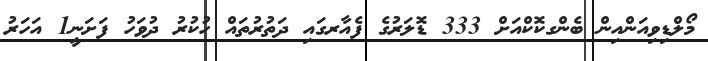
މޯލްޑިވިއަންއިން ބެންގކޮކްއަށް 333 ޑޮލަރުގެ ފެއާރގައި ދަތުރުތައް ހުކުރު ދުވަހު ފަށަނީ1 އަހަރު